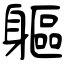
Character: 軀